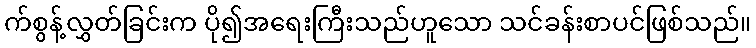
က်စွန့်လွှတ်ခြင်းက ပို၍အရေးကြီးသည်ဟူသော သင်ခန်းစာပင်ဖြစ်သည်။